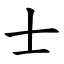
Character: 士